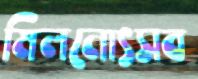
মিলনোৎসব